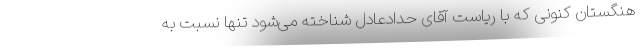
هنگستان کنونی که با ریاست آقای حداد‌عادل شناخته می‌شود تنها نسبت به